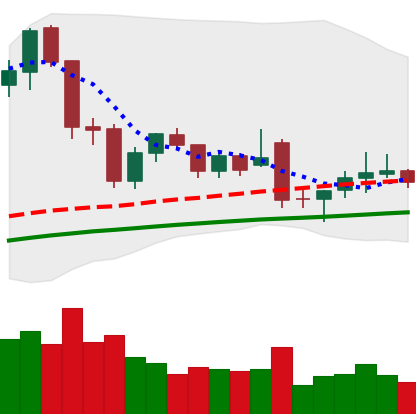
Ticker: LTC-USD
Chart end date: 2021-12-02
Forward return: -20.245%
Label: down_7plus